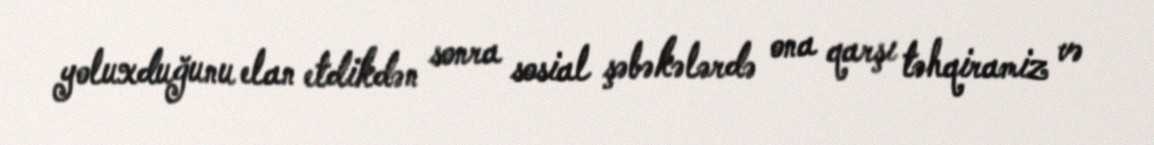
yoluxduğunu elan etdikdən sonra sosial şəbəkələrdə ona qarşı təhqiramiz və